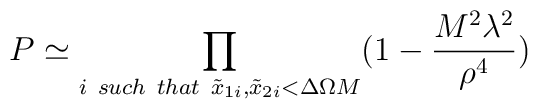
P \simeq  \prod_{i\ such\ that\  \tilde x_{1i} , \tilde x_{2i} <  \Delta \Omega M}(1 - {M^2 \lambda^2 \over \rho^4})